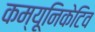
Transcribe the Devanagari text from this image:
कम्यूनिकेटिव